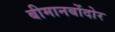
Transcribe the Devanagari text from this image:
बीमानबोंदोर